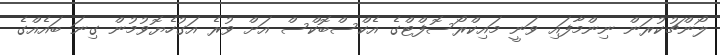
ލޯންޗުކުރަން ނިންމާފައި ވަނީ މައިކްރޯސޮފްޓްގެ އެކްސްބޮކްސް އަށް ވުރެ އަގުހެޔޮވުމުން ގިނަ ބައެއްގެ